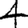
Digit: 4